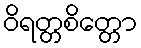
ဝိရတ္တစိတ္တော